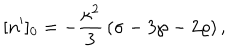
[ n ^ { \prime } ] _ { 0 } = - { \frac { \kappa ^ { 2 } } { 3 } } \left( \sigma - 3 \wp - 2 \varrho \right) ,